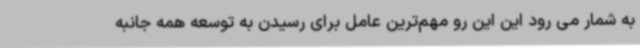
به شمار می رود این این رو مهم‌ترین عامل برای رسیدن به توسعه همه جانبه